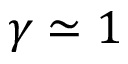
\gamma \simeq 1